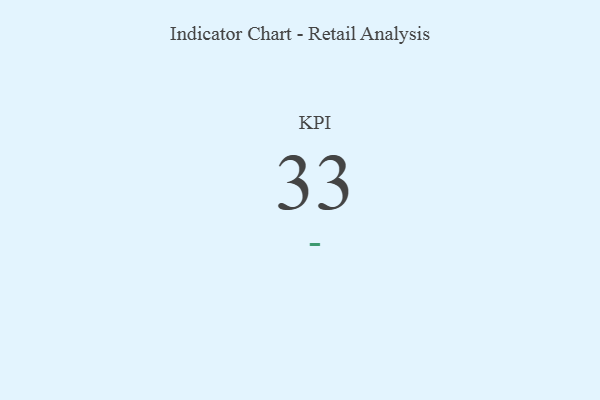
{"axis": {"x": "KPI", "y": "Value"}, "legend": [""], "data": [{"x": "KPI", "y": 33, "type": ""}]}